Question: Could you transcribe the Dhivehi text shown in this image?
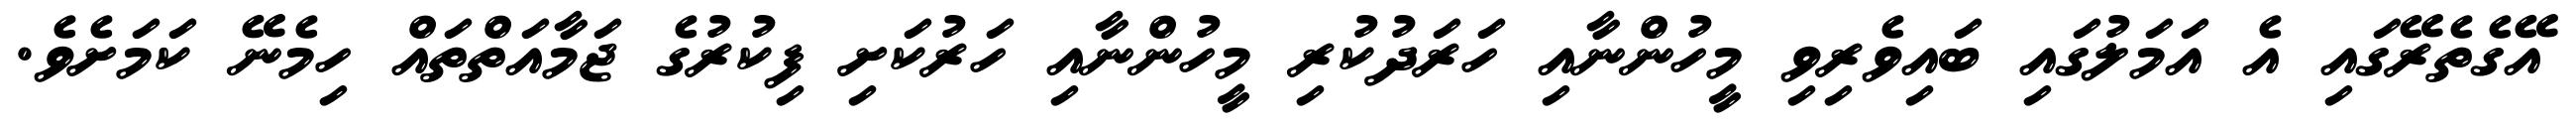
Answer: އޭގެތެރޭގައި އެ އަމަލުގައި ބައިވެރިވި މީހުންނާއި ހަރަދުކުރި މީހުންނާއި ހަރުކަށި ފިކުރުގެ ޖަމާއަތްތައް ހިމެނޭ ކަމަށެވެ.